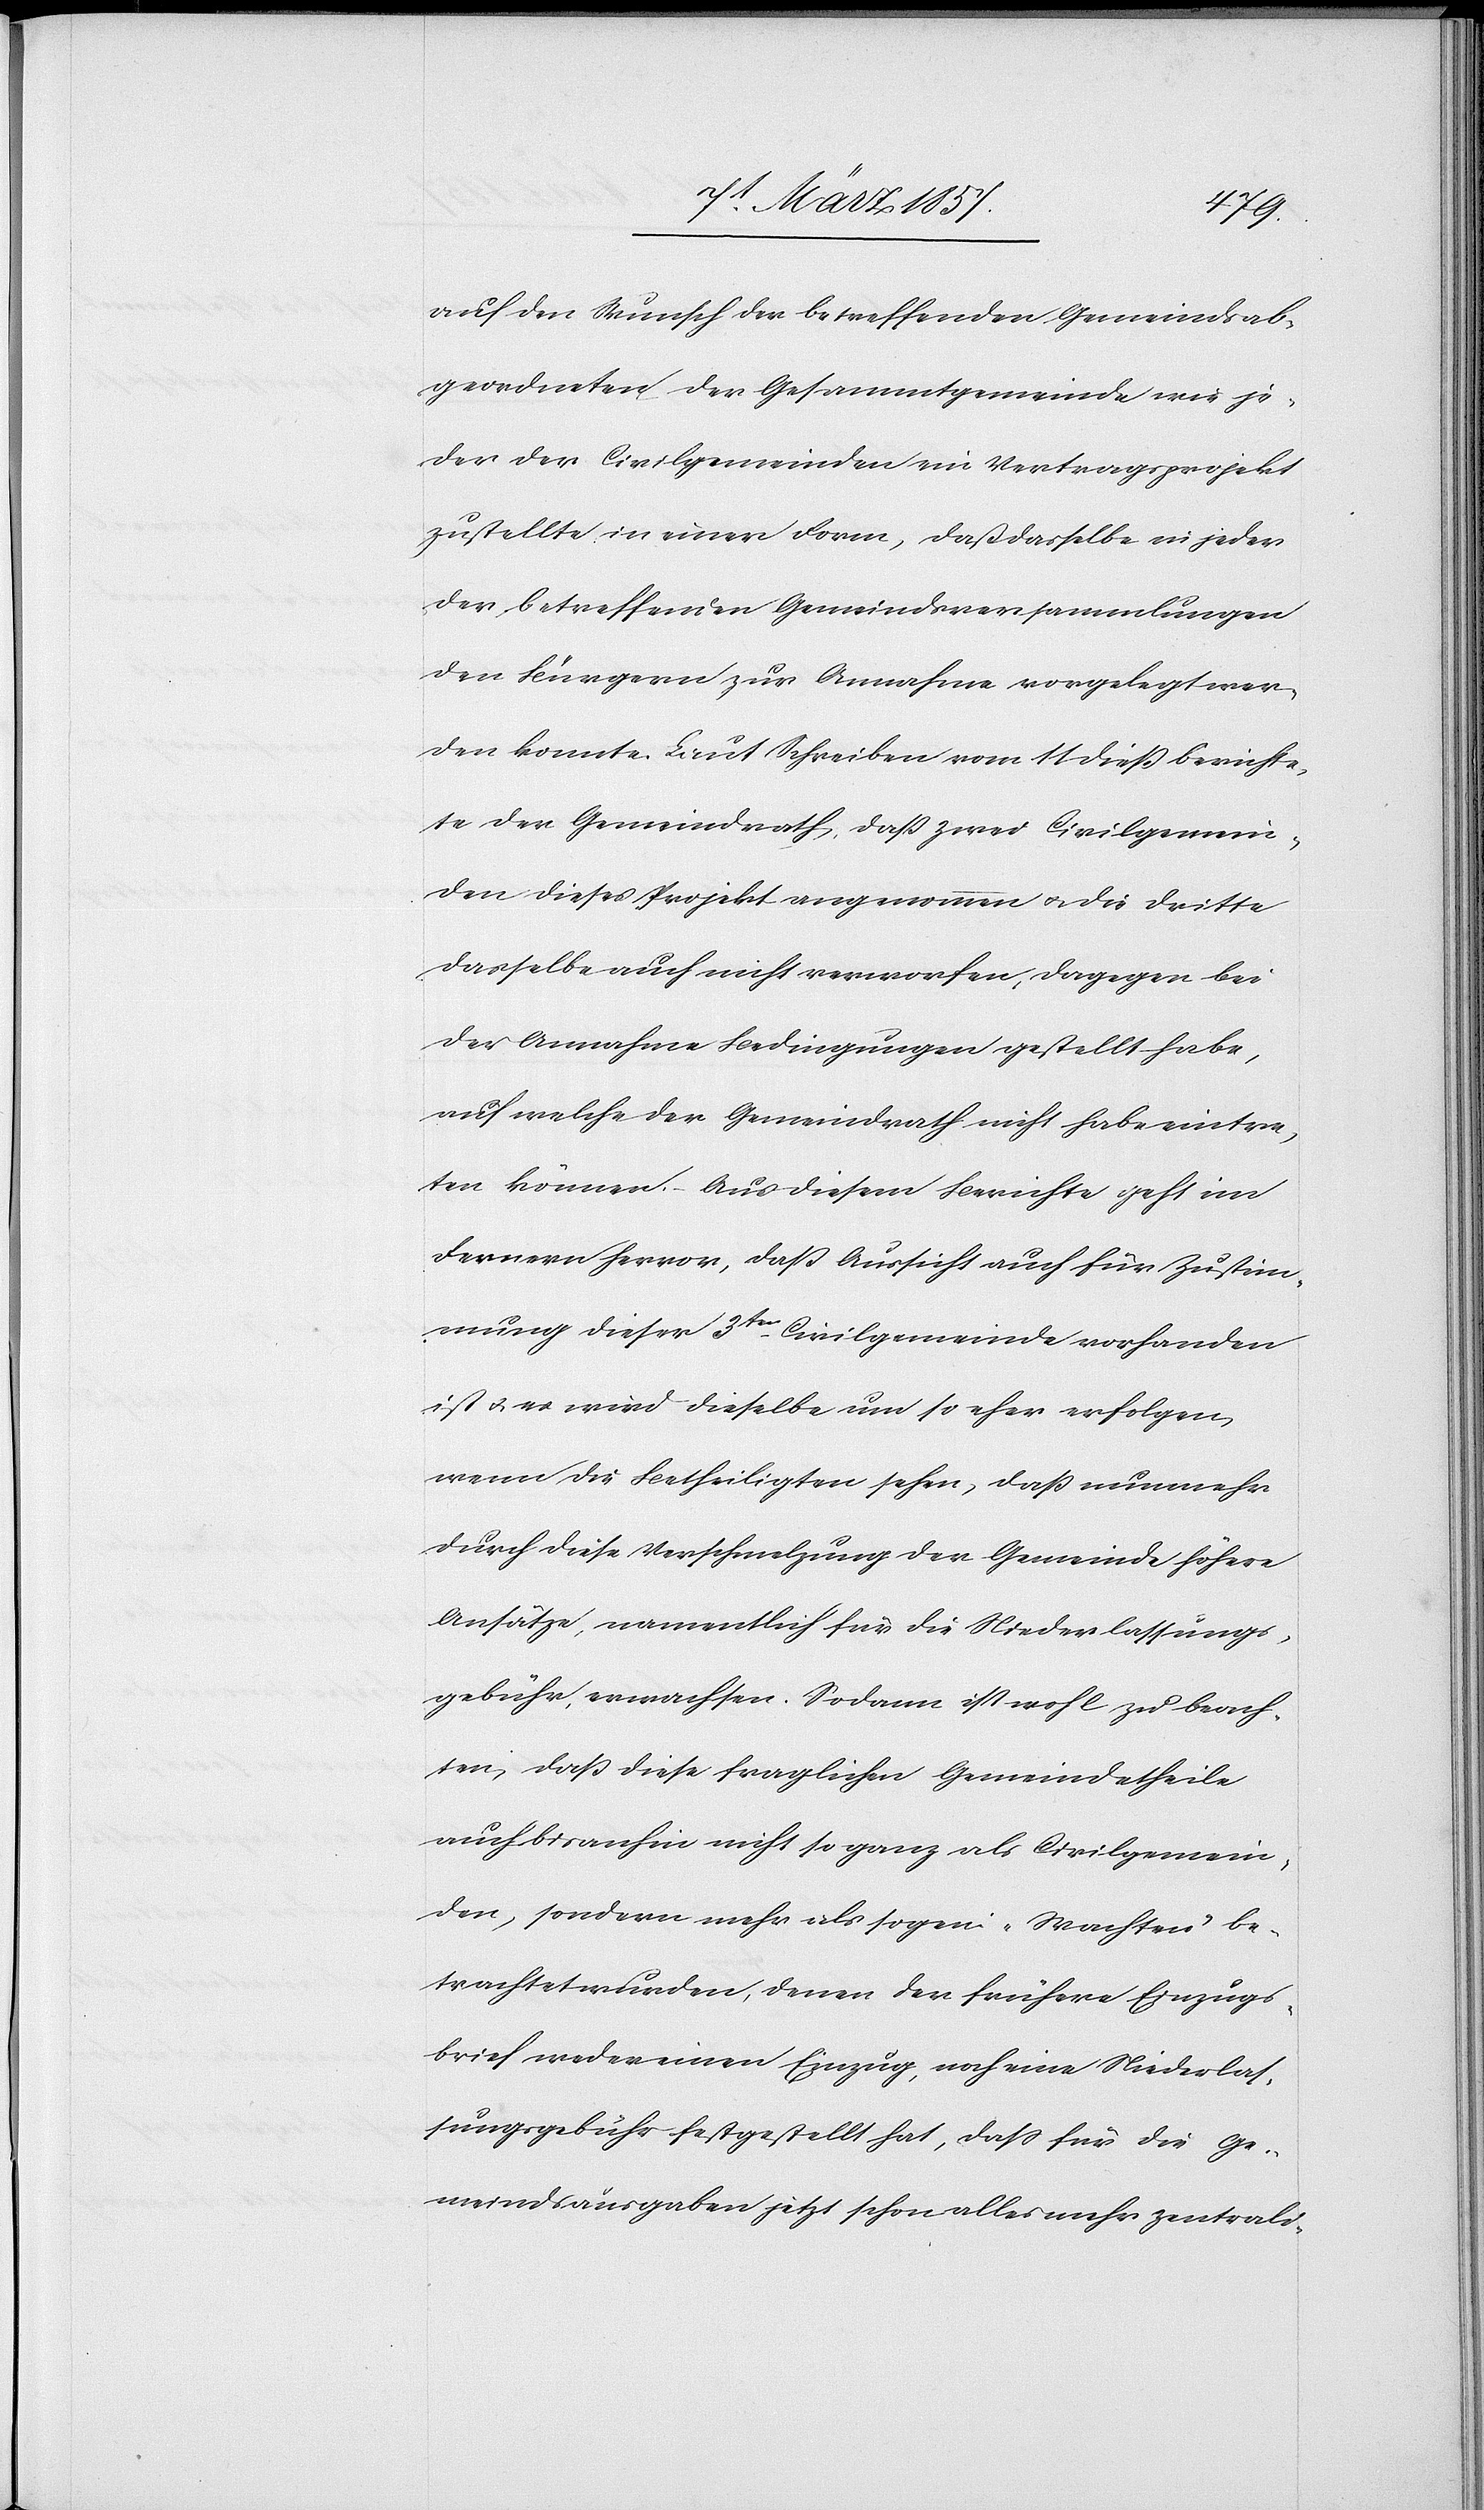
auf den Wunsch der betreffenden Gemeindsab¬
geordneten der Gesammtgemeinde wie je¬
der der Civilgemeinden ein Vertragsprojekt
zustellte in einer Form, daß dasselbe in jeder
der betreffenden Gemeindsversammlungen
den Bürgern zur Annahme vorgelegt wer¬
den konnte. Laut Schreiben vom 11 dieß berichte¬
te der Gemeindrath, daß zwei Civilgemein¬
den dieses Projekt angenommen u. die dritte
dasselbe auch nicht verworfen, dagegen bei
der Annahme Bedingungen gestellt habe,
auf welche der Gemeindrath nicht habe eintre¬
ten können. Aus diesem Berichte geht im
Fernern hervor, daß Aussicht auch für Zustim¬
mung dieser 3ten Civilgemeinde vorhanden
ist u. es wird dieselbe um so eher erfolgen,
wenn die Betheiligten sehen, daß nunmehr
durch diese Verschmelzung der Gemeinde höhere
Ansätze, namentlich für die Niederlassungs¬
gebühr, erwachsen. Sodann ist wohl zu beach¬
ten, daß diese fraglichen Gemeindetheile
auch bisanhin nicht so ganz als Civilgemein¬
den, sondern mehr als sogen. „Wachten“ be¬
trachtet wurden, denen der frühere Einzugs¬
brief weder einen Einzug, noch eine Niederlas¬
sungsgebühr festgestellt hat, daß für die Ge¬
meindsausgaben jetzt schon alles mehr zentrali-